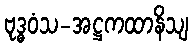
ဗုဒ္ဓဝံသ-အဋ္ဌကထာနိသျ